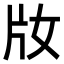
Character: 𤖩